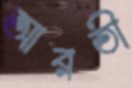
আরতী